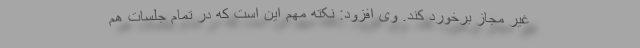
غیر مجاز برخورد کند. وی افزود: نکته مهم این است که در تمام جلسات هم